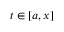
t \in [ a , x ]